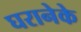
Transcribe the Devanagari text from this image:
घरानेके